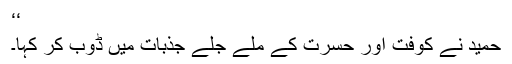
‘‘
حمید نے کوفت اور حسرت کے ملے جلے جذبات میں ڈوب کر کہا۔